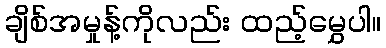
ချိစ်အမှုန့်ကိုလည်း ထည့်မွှေပါ။